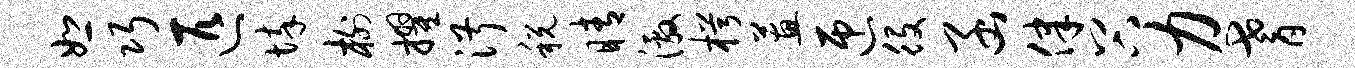
恕巧匹悴榭擢淑税睛激枵蕙匝役函律谷力耆